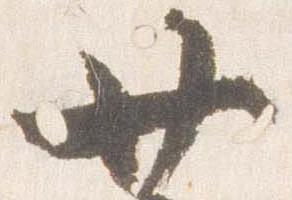
廿